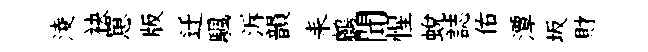
淩袂罳版迁颿泝韻耒鸕聞惺蛻誌佑潭坂財